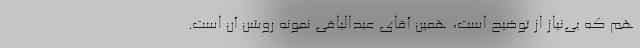
هم که بی‌نیاز از توضیح است، همین آقای عبدالباقی نمونه روشن آن است.